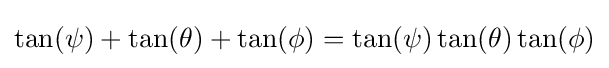
\tan(\psi )+\tan(\theta )+\tan(\phi )=\tan(\psi )\tan(\theta )\tan(\phi )